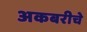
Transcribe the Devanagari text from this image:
अकबरीचे